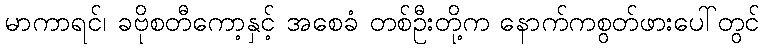
မာကာရင်၊ ခဗိုစတီကော့နှင့် အစေခံ တစ်ဦးတို့က နောက်ကစွတ်ဖားပေါ်တွင်